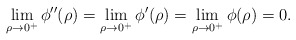
\begin{align*}\lim_{\rho\rightarrow 0^+}\phi''(\rho)=\lim_{\rho\rightarrow 0^+}\phi'(\rho)=\lim_{\rho\rightarrow 0^+}\phi(\rho)=0.\end{align*}